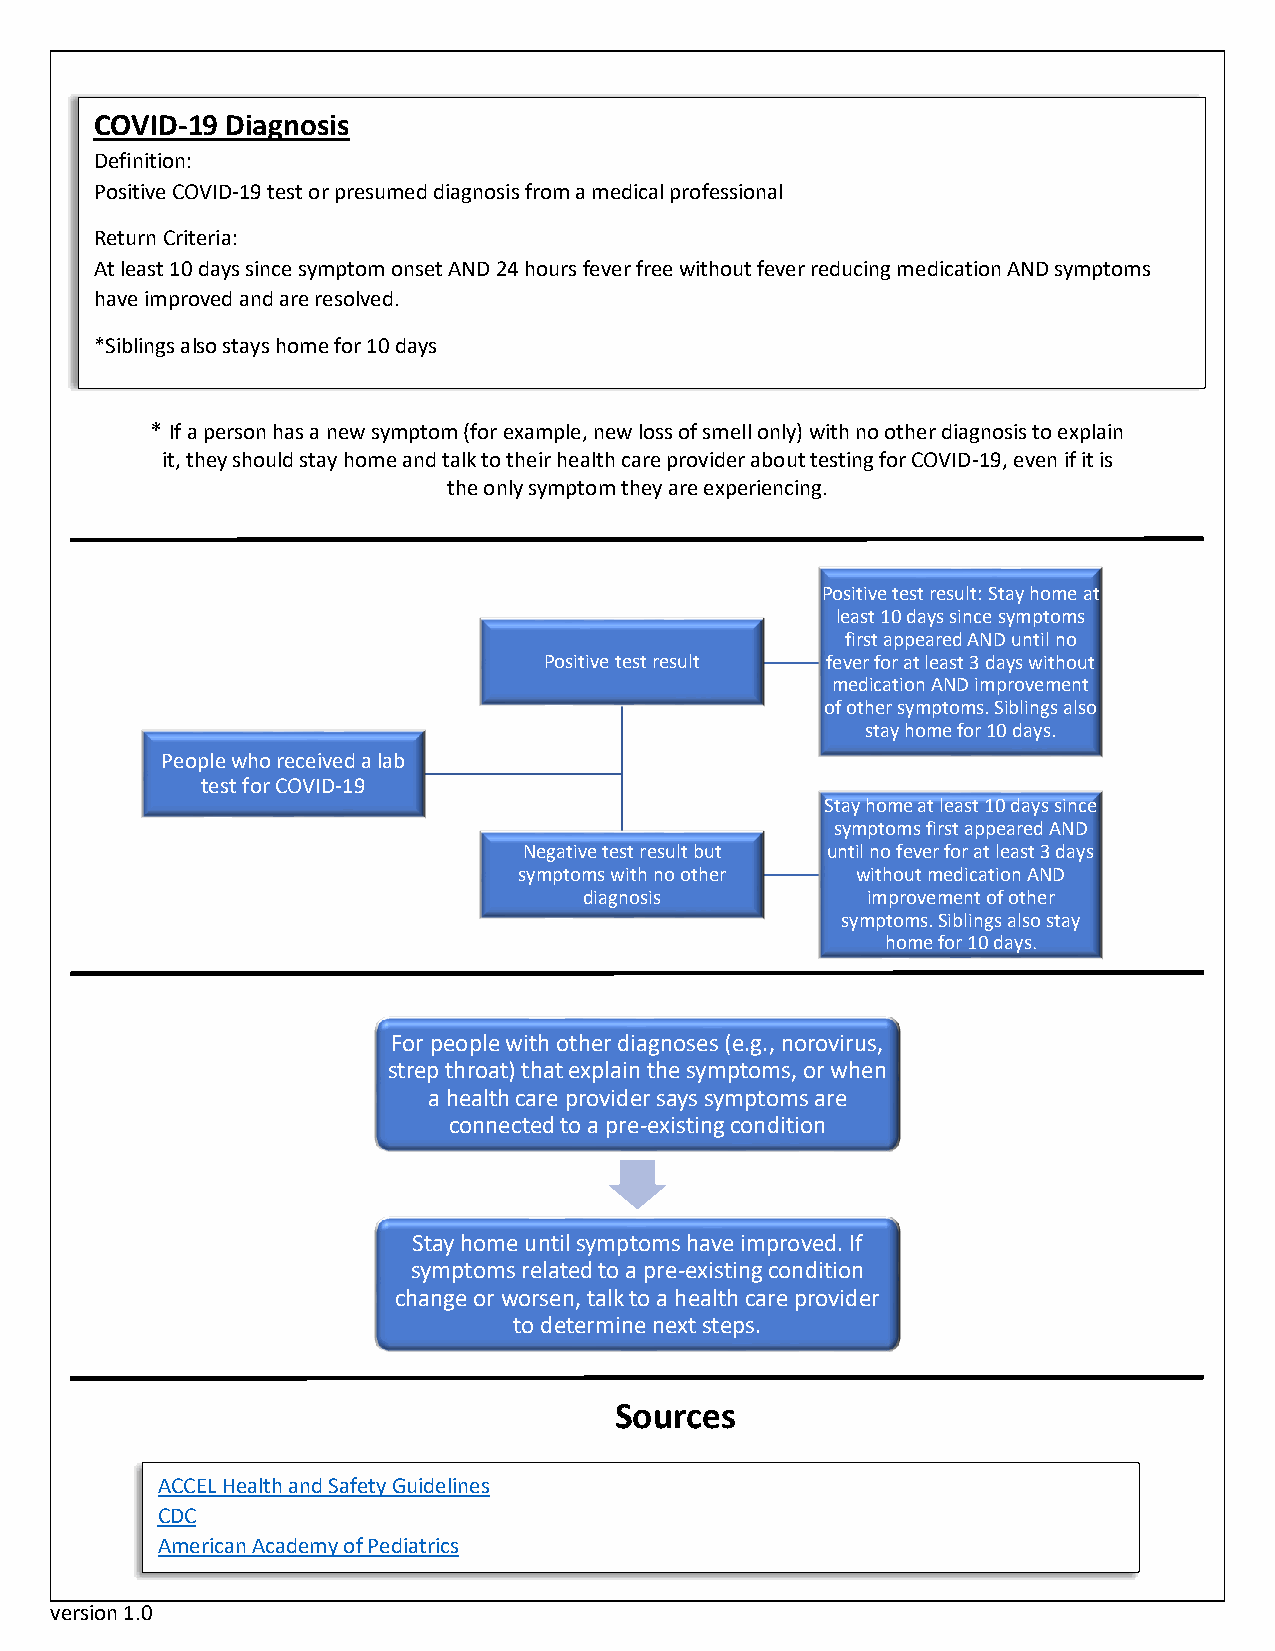
COVID-19 Diagnosis
 Definit ion:
 Positive COVID-19 test or presumed diagnosis from a medical professional
 Return Criteria:
 At least 10 days since symptom onset AND 24 hours fever free without fever reducing medication AND symptoms
 have improved and are resolved.
 *Siblings also stays home for 10 days
 * If a person has a new symptom (for example, new loss of smell only) with no other diagnosis to explain
 it, they should stay home and talk to their health care provider about testing for COVID-19, even if it is
 the only symptom they are experiencing.
 Positive test result: Stay home at
 least 10 days since symptoms
 first appeared AND until no
 Positive test result fever for at least 3 days without
 medication AND improvement
 of other symptoms. Siblings also
 stay home for 10 days.
 People who received a lab
 test for COVID-19
 Stay home at least 10 days since
 symptoms first appeared AND
 Negative test result but until no fever for at least 3 days
 symptoms with no other without medication AND
 diagnosis         improvement of other
 symptoms. Siblings also stay
 home for 10 days.
 For people with other diagnoses (e.g., norovirus,
 strep throat) that explain the symptoms, or when
 a health care provider says symptoms are
 connected to a pre-existing condition
 Stay home until symptoms have improved. If
 symptoms related to a pre-existing condition
 change or worsen, talk to a health care provider
 to determine next steps.
 Sources
 ACCEL Health and Safety Guidelines
 CDC
 American Academy of Pediatrics
 version 1.0